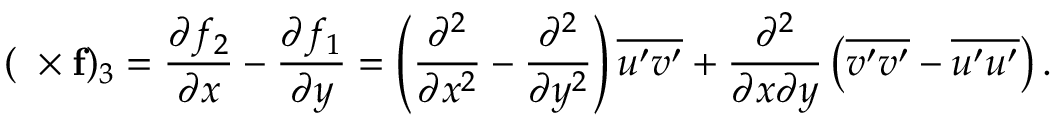
( \mathbf { \nabla \times f } ) _ { 3 } = \frac { \partial f _ { 2 } } { \partial x } - \frac { \partial f _ { 1 } } { \partial y } = \left( \frac { \partial ^ { 2 } } { \partial x ^ { 2 } } - \frac { \partial ^ { 2 } } { \partial y ^ { 2 } } \right) \overline { { { u } ^ { \prime } { v } ^ { \prime } } } + \frac { \partial ^ { 2 } } { \partial x \partial y } \left( \overline { { { v } ^ { \prime } { v } ^ { \prime } } } - \overline { { { u } ^ { \prime } { u } ^ { \prime } } } \right) .